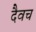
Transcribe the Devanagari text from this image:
दैवच